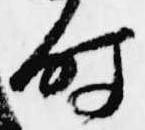
時